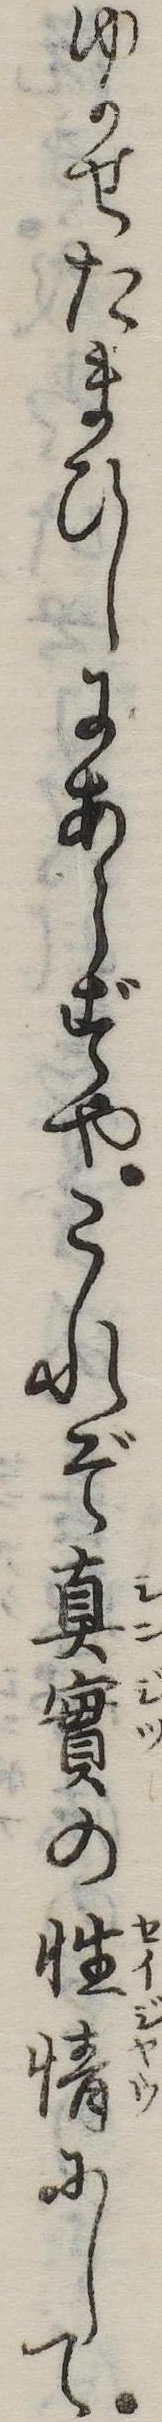
ゆかせたまひしにあらずやこれぞ真実の性情にして